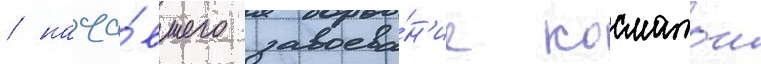
/ нача́вшего завоева́н'ие косматои